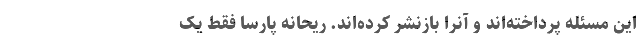
این مسئله پرداخته‌اند و آنرا بازنشر کرده‌اند. ریحانه پارسا فقط یک